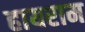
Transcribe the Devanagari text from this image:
हायराम